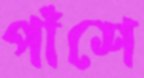
পাঁশে